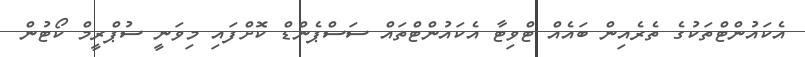
އެކައުންޓްތަކުގެ ތެރެއިން ބައެއް ޓްވިޓާ އެކައުންޓްތައް ސަސްޕެންޑް ކޮށްފައި މިވަނީ ސުޕްރީމް ކޯޓުން